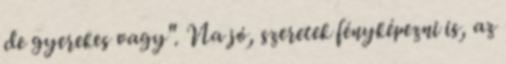
de gyerekes vagy". Na jó, szeretek fényképezni is, az